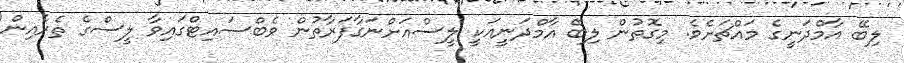
ލިބޭ އާމްދަނީގެ މައްޗަށެވެ. މިގޮތުން ލިބޭ އާމްދަނީއަކީ ލީސްއަށްނަގާފަރާތުން ވެބްސައިޓްގައިވާ ލީސްގެ ތެރެއިން